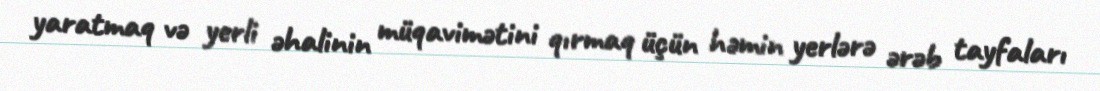
yaratmaq və yerli əhalinin müqavimətini qırmaq üçün həmin yerlərə ərəb tayfaları